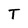
Character: T